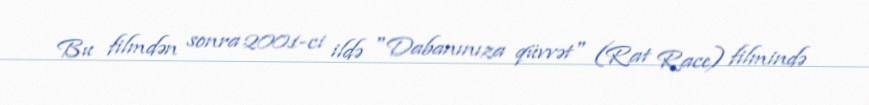
Bu filmdən sonra 2001-ci ildə "Dabanınıza qüvvət" (Rat Race) filmində